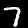
Label: 7